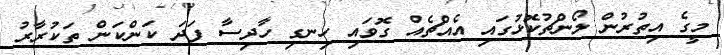
މީގެ އިތުރުން ލޯންޗުކޮޅުގައި އެއްޗެއް ގޮވައި ހިނގި ހާދިސާ ފަދަ ކަންކަން ތަކުރާރު